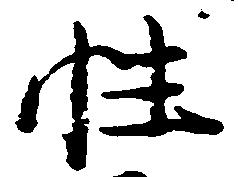
性